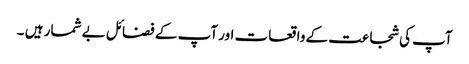
آپ کی شجاعت کے واقعات اور آپ کے فضائل بے شمار ہیں ۔